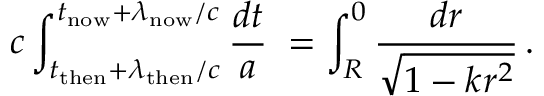
c \int _ { t _ { \mathrm { t h e n } } + \lambda _ { \mathrm { t h e n } } / c } ^ { t _ { \mathrm { n o w } } + \lambda _ { \mathrm { n o w } } / c } { \frac { d t } { a } } \; = \int _ { R } ^ { 0 } { \frac { d r } { \sqrt { 1 - k r ^ { 2 } } } } \, .